Problem: 7 - 3 = ?
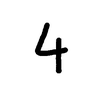
Handwritten answer: 4